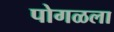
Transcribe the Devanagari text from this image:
पोगळला